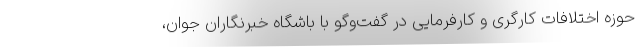
حوزه اختلافات کارگری و کارفرمایی در گفت‌وگو با باشگاه خبرنگاران جوان،